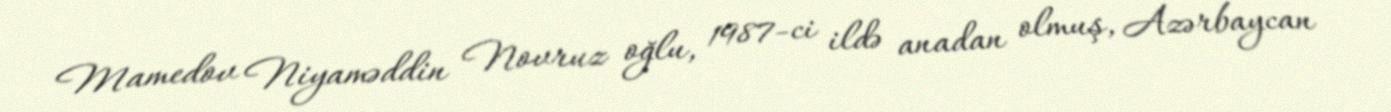
Mamedov Niyaməddin Novruz oğlu, 1987-ci ildə anadan olmuş, Azərbaycan